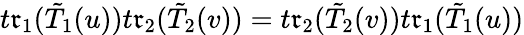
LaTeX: t\mathfrak{r}_{1}(\tilde{{T}}_{1}(u))t\mathfrak{r}_{2}(\tilde{{T}}_{2}(v))=t\mathfrak{r}_{2}(\tilde{{T}}_{2}(v))t\mathfrak{r}_{1}(\tilde{{T}}_{1}(u))